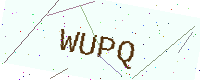
Text: WUPQ